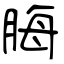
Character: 脢